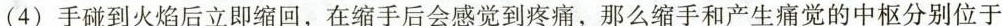
（4）手碰到火焰后立即缩回，在缩手后会感觉到疼痛，那么缩手和产生痛觉的中枢分别位于